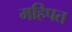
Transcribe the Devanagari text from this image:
महिपत